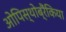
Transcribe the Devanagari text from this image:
ओपिस्थोब्रैंकिया